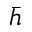
\bar { h }